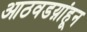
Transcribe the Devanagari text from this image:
आठवडय़ांहून